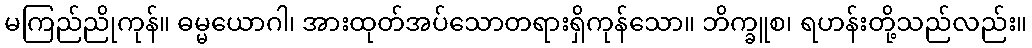
မကြည်ညိုကုန်။ ဓမ္မယောဂါ၊ အားထုတ်အပ်သောတရားရှိကုန်သော။ ဘိက္ခူစ၊ ရဟန်းတို့သည်လည်း။